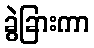
ခွဲခြားကာ